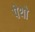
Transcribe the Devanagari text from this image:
पेथो